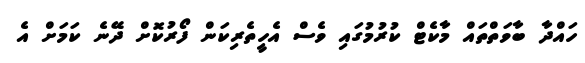
ހައްދާ ބާވަތްތައް މާކެޓް ކުރުމުގައި ވެސް އެހީތެރިކަން ފޯރުކޮށް ދޭނެ ކަމަށް އެ